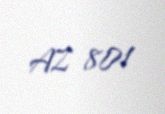
AZ 801